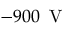
- 9 0 0 \, \mathrm { ~ V ~ }